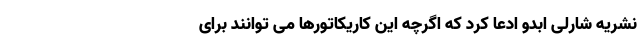
نشریه شارلی ابدو ادعا کرد که اگرچه این کاریکاتورها می توانند برای